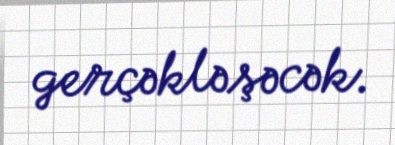
gerçəkləşəcək.